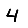
Digit: 4